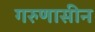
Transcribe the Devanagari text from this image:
गरुणासीन